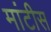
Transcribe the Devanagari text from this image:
मांटीस